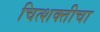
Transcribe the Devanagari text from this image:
चित्शक्तीचा